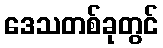
ဒေသတစ်ခုတွင်